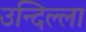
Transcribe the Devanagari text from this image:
उन्दिल्ला